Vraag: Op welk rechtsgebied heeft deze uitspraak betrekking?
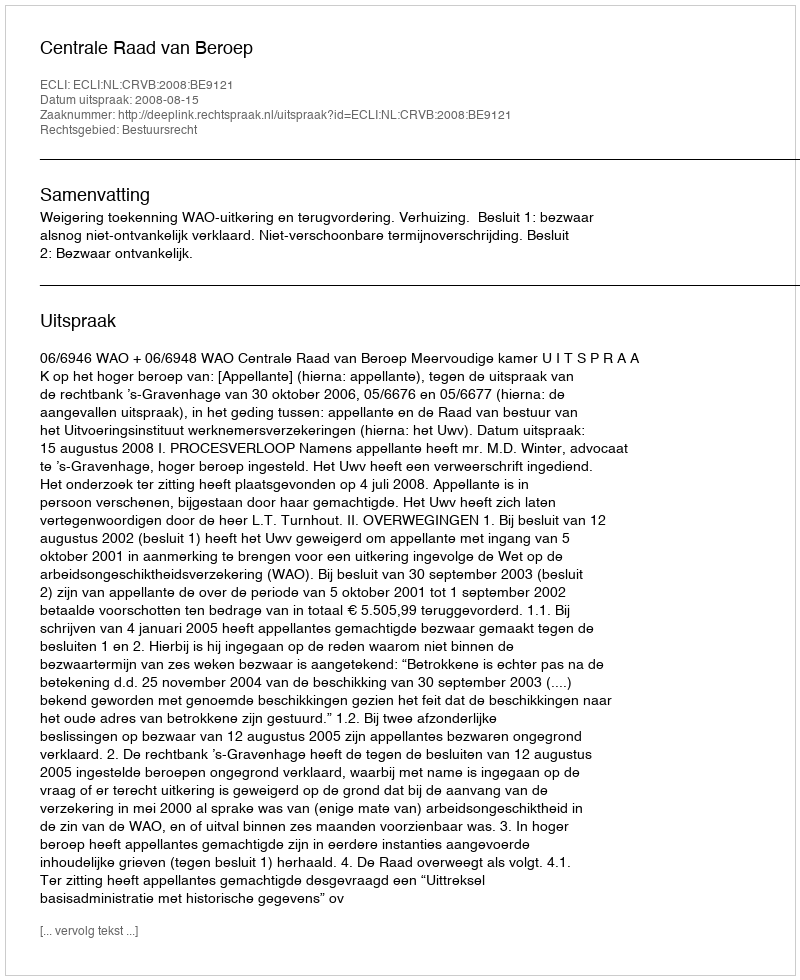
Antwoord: Bestuursrecht